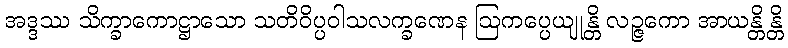
အဒ္ဒဿ သိက္ခာကောဋ္ဌာသော သတိဝိပ္ပဝါသလက္ခဏေန ဩကပ္ပေယျုန္တိ လဉ္ဇကော အာယန္တိန္တိ